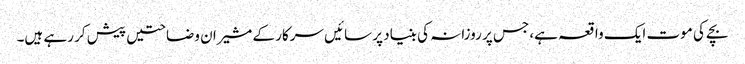
بچے کی موت ایک واقعہ ہے، جس پر روزانہ کی بنیاد پر سائیں سرکار کے مشیران وضاحتیں پیش کر رہے ہیں۔